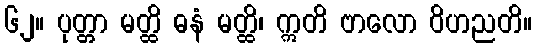
၆၂။ ပုတ္တာ မတ္ထိ ဓနံ မတ္ထိ၊ ဣတိ ဗာလော ဝိဟညတိ။